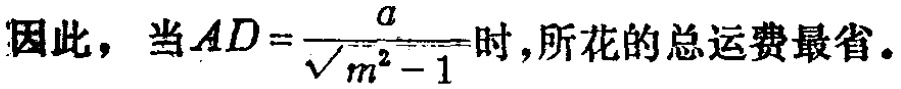
因此，当\(AD = \frac{a}{\sqrt{m^{2} - 1}}\)时，所花的总运费最省。